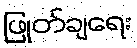
ဖြုတ်ချရေး